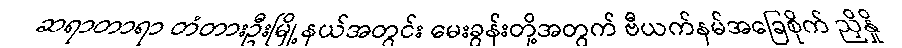
ဆရာတာရာ တံတားဦးမြို့နယ်အတွင်း မေးခွန်းတို့အတွက် ဗီယက်နမ်အခြေစိုက် ညှိနှို